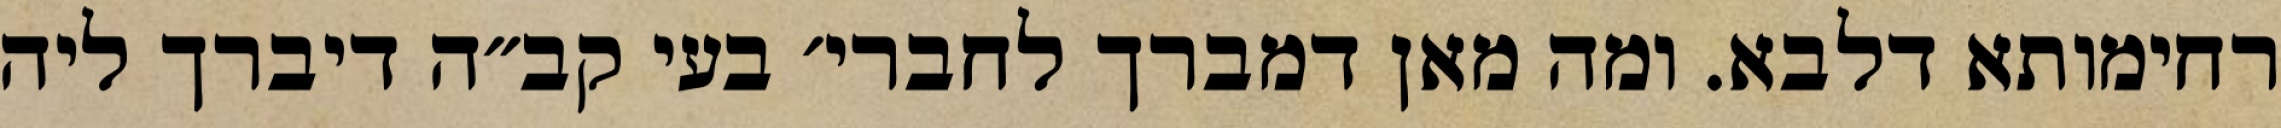
רחימותא דלבא. ומה מאן דמברך לחברי׳ בעי קב״ה דיברך ליה